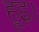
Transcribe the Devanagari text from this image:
हूइ।